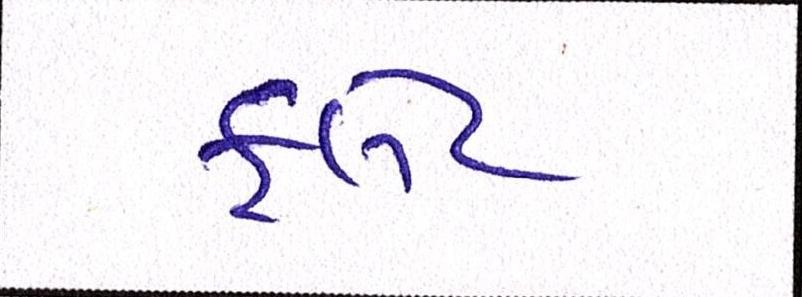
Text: ફલેટ